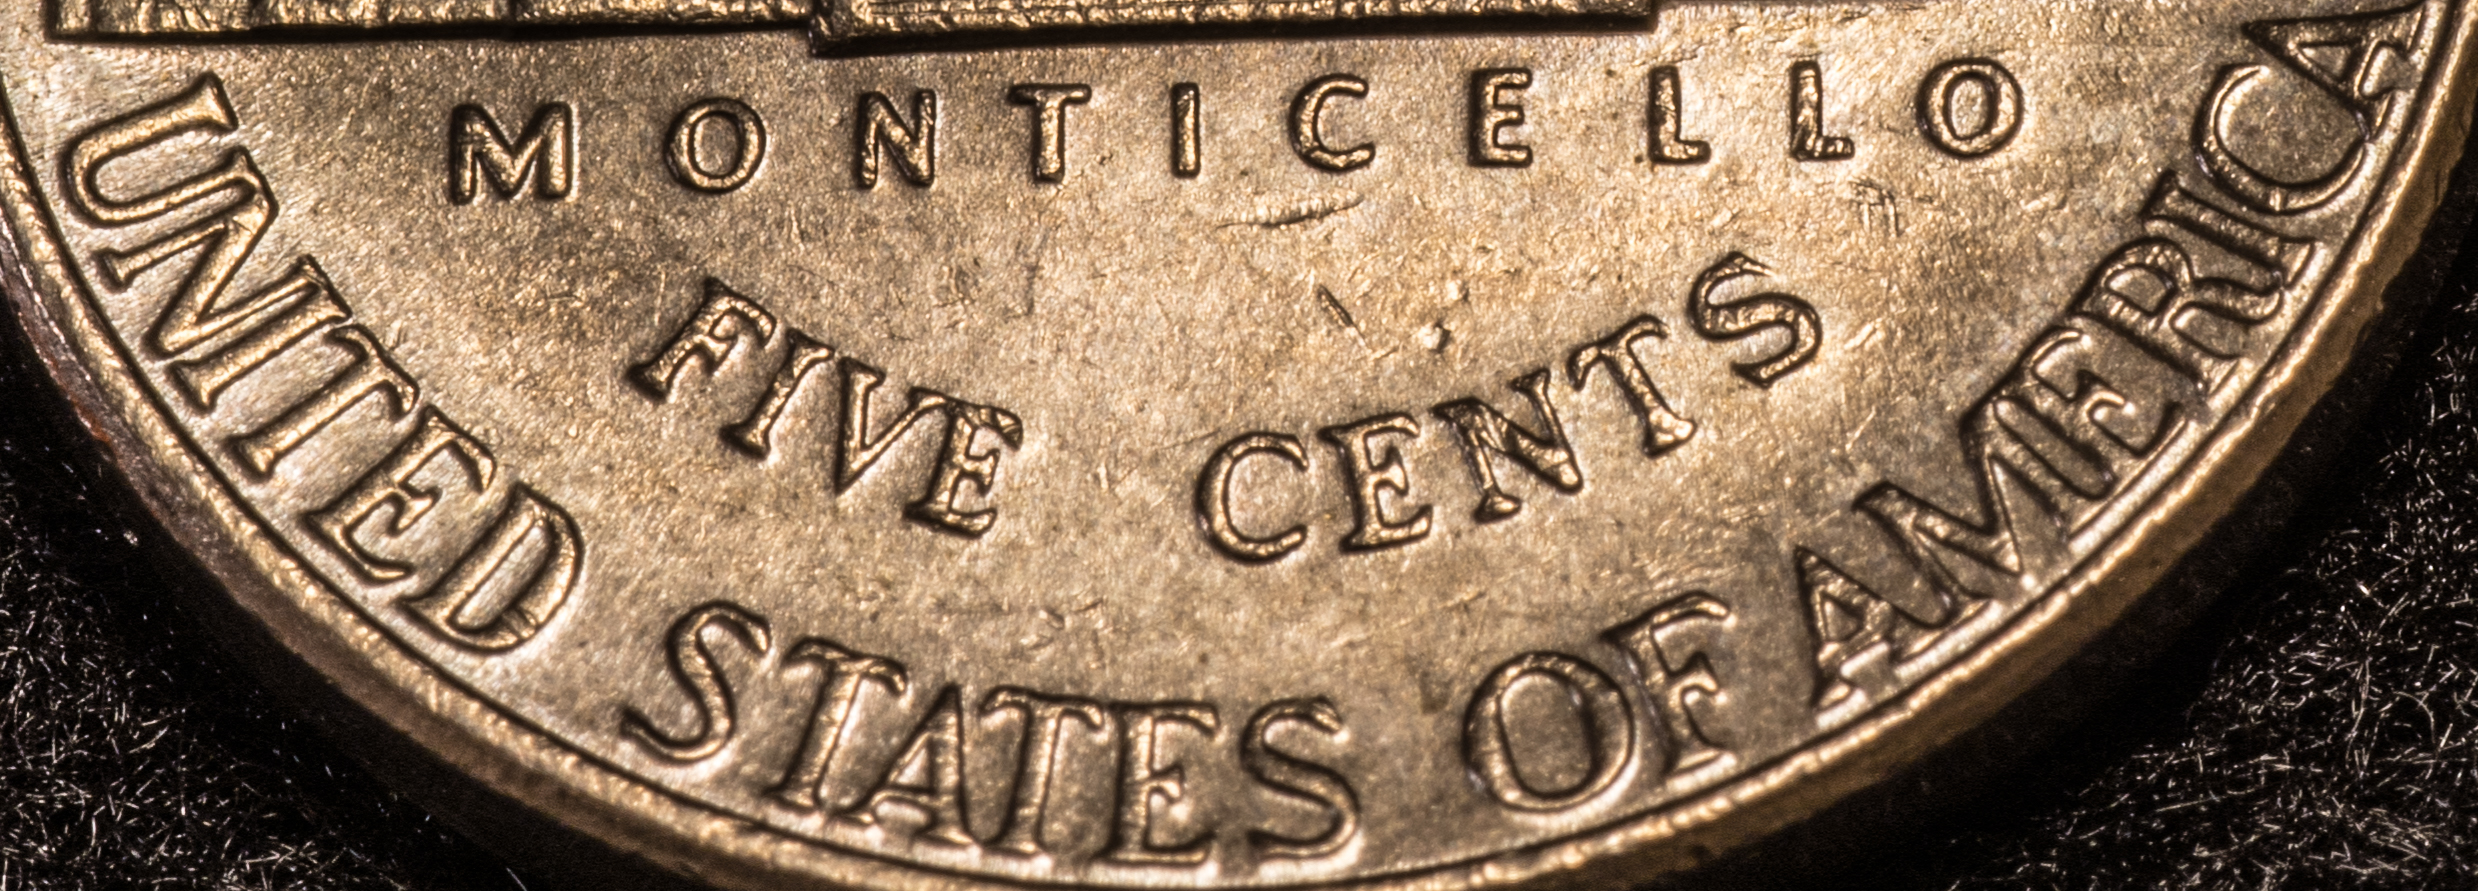
UNITED STATES OF AMERICA